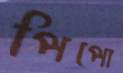
পিপো